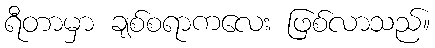
ရီတာမှာ ချစ်စရာကလေး ဖြစ်လာသည်။